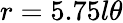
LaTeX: r=5.75l\theta